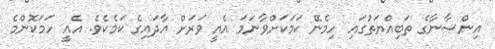
އިންސާނާގެ ތަބިއްޔަތުގައި ހިމެނޭ ކަމަކަށްވާނަމަ އެއީ ވަރަށް އާދައިގެ ކަމެކެވެ. އެއީ ހަމަކޮންމެ